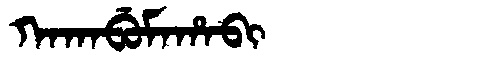
Manchu: ᡴᠠᡴᠠᠪᡠᠮᠠᡥᠠᠪᡳ
Romanization: KAKABUMAHABI